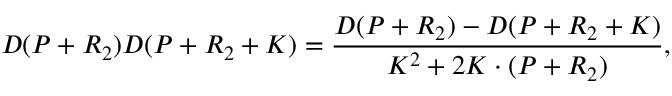
D ( P + R _ { 2 } ) D ( P + R _ { 2 } + K ) = \frac { D ( P + R _ { 2 } ) - D ( P + R _ { 2 } + K ) } { K ^ { 2 } + 2 K \cdot ( P + R _ { 2 } ) } ,